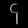
Digit: ၄